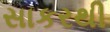
સાકરથી